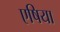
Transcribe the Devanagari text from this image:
एषिया